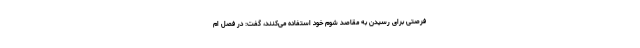
فرصتی برای رسیدن به مقاصد شوم خود استفاده می‌کنند، گفت: در فصل ام